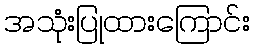
အသုံးပြုထားကြောင်း